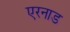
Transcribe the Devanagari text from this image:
एरनाड